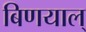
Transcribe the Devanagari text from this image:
बिणयाल्